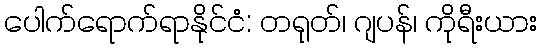
ပေါက်ရောက်ရာနိုင်ငံ: တရုတ်၊ ဂျပန်၊ ကိုရီးယား